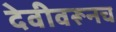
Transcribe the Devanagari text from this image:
देवीवरूनच